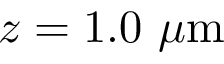
z = 1 . 0 \ \mu \mathrm { m }